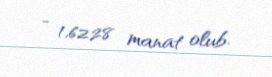
- 1,6228 manat olub.